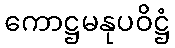
ကောဋ္ဌမနုပဝိဋ္ဌံ